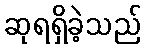
ဆုရရှိခဲ့သည်